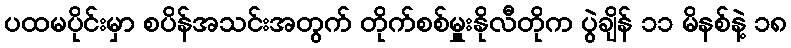
ပထမပိုင်းမှာ စပိန်အသင်းအတွက် တိုက်စစ်မှူးနိုလီတိုက ပွဲချိန် ၁၁ မိနစ်နဲ့ ၁၈